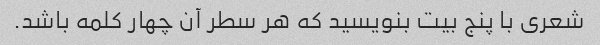
شعری با پنج بیت بنویسید که هر سطر آن چهار کلمه باشد.